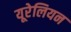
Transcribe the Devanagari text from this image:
यूरेलियन